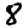
Digit: 8